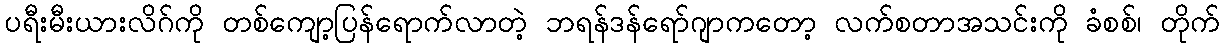
ပရီးမီးယားလိဂ်ကို တစ်ကျော့ပြန်ရောက်လာတဲ့ ဘရန်ဒန်ရော်ဂျာကတော့ လက်စတာအသင်းကို ခံစစ်၊ တိုက်